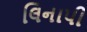
લિનાપી